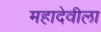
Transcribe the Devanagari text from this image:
महादेवीला